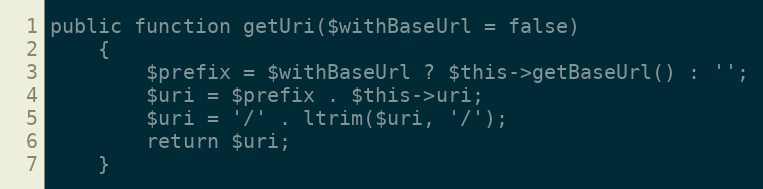
Language: PHP
public function getUri($withBaseUrl = false)
    {
        $prefix = $withBaseUrl ? $this->getBaseUrl() : '';
        $uri = $prefix . $this->uri;
        $uri = '/' . ltrim($uri, '/');
        return $uri;
    }